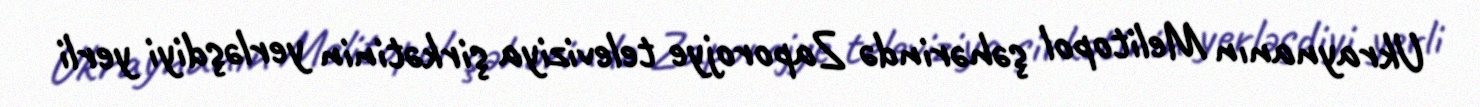
Ukraynanın Melitopol şəhərində Zaporojye televiziya şirkətinin yerləşdiyi yerli